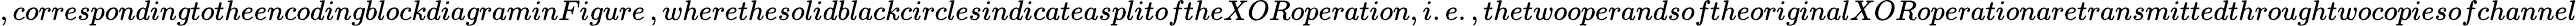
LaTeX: ,correspondingtotheencodingblockdiagraminFigure\, ,wherethesolidblackcirclesindicatea\textit{split}oftheXORoperation,i.e.,thetwooperandsoftheoriginalXORoperationaretransmittedthroughtwocopiesofchannel